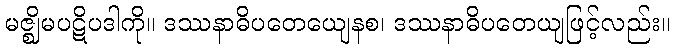
မဇ္ဈိမပဋိပဒါကို။ ဒဿနာဓိပတေယျေနစ၊ ဒဿနာဓိပတေယျဖြင့်လည်း။